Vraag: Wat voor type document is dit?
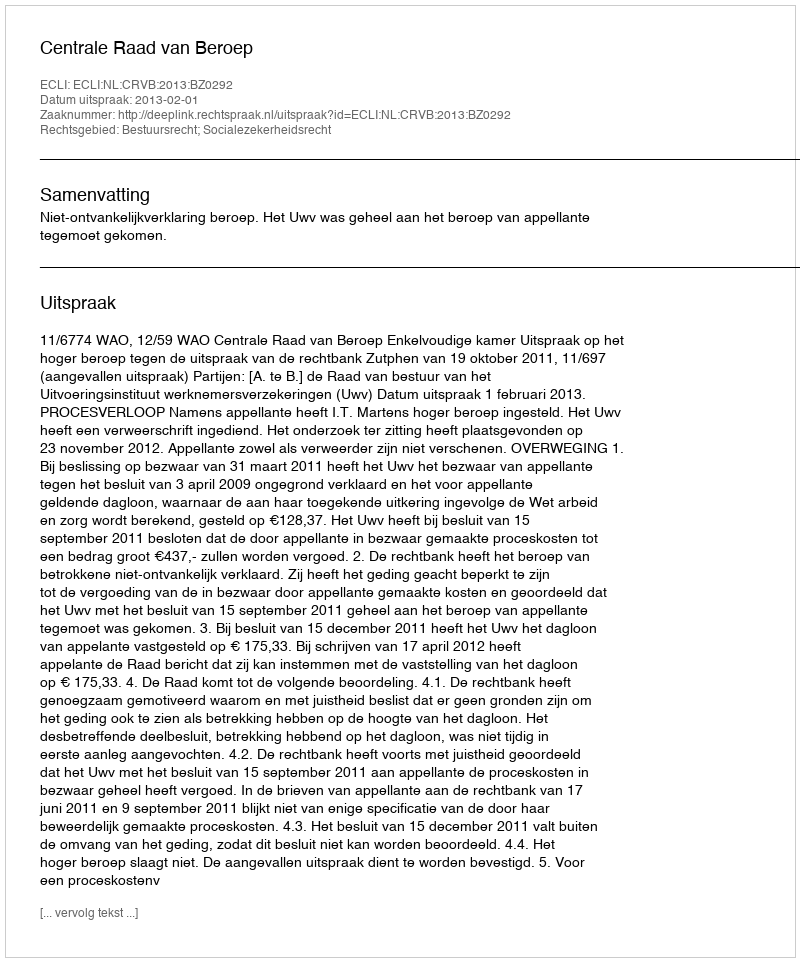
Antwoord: Uitspraak